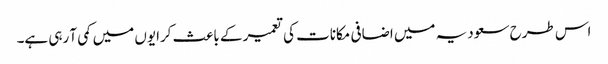
اس طرح سعودیہ میں اضافی مکانات کی تعمیر کے باعث کرایوں میں کمی آ رہی ہے۔